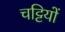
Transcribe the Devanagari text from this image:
चट्टियों